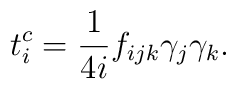
t_{i}^c=\frac{1}{4i}f_{ijk}{{\gamma}}_{j}{{\gamma}}_{k}.